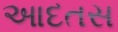
આદતસ